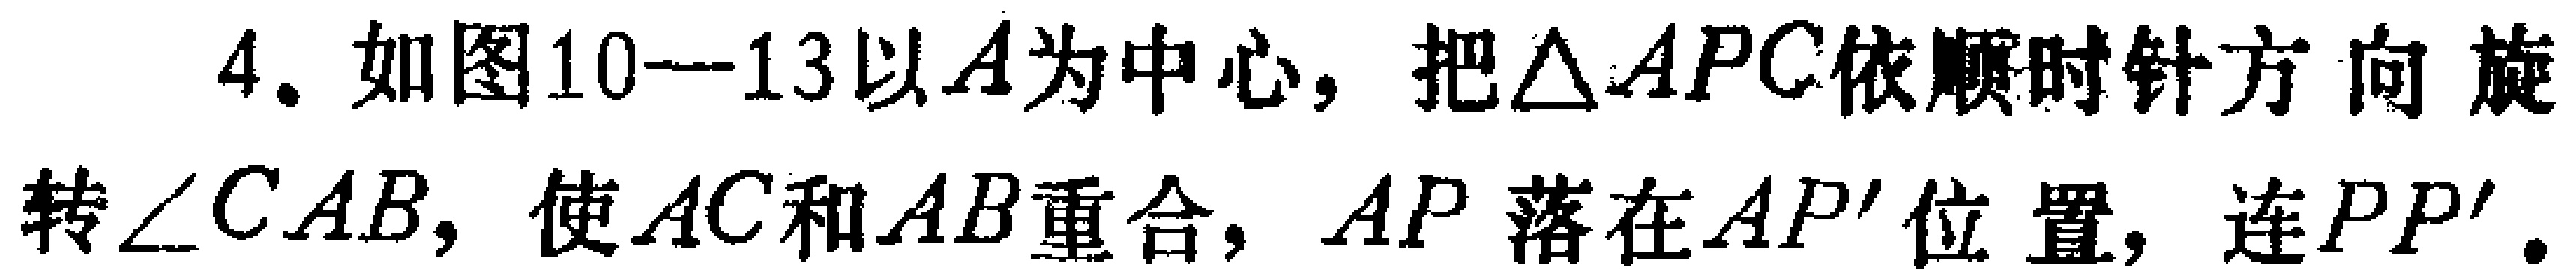
4. 如图10—13以\(A\)为中心，把\(\triangle APC\)依顺时针方向旋转\(\angle CAB\)，使\(AC\)和\(AB\)重合，\(AP\)落在\(AP'\)位置，连\(PP'\)。